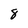
Character: 8